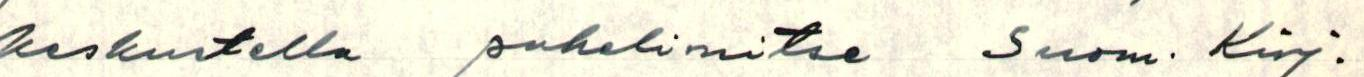
keskustella puhelimitse Suom. Kirj.